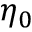
\eta _ { 0 }